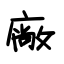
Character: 廠